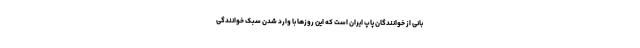
بانی از خوانندگان پاپ ایران است که این روزها با وارد شدن سبک خوانندگی